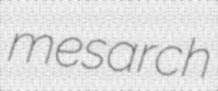
mesarch